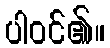
ပါဝင်၏။